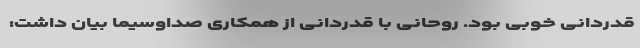
قدردانی خوبی بود. روحانی با قدردانی از همکاری صداوسیما بیان داشت: